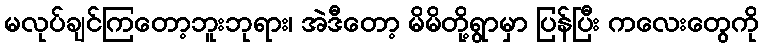
မလုပ်ချင်ကြတော့ဘူးဘုရား၊ အဲဒီတော့ မိမိတို့ရွာမှာ ပြန်ပြီး ကလေးတွေကို